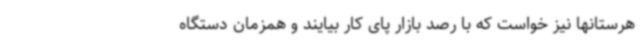
هرستانها نیز خواست که با رصد بازار پای کار بیایند و همزمان دستگاه